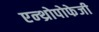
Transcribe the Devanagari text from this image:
एन्थ्रोपोफेजी